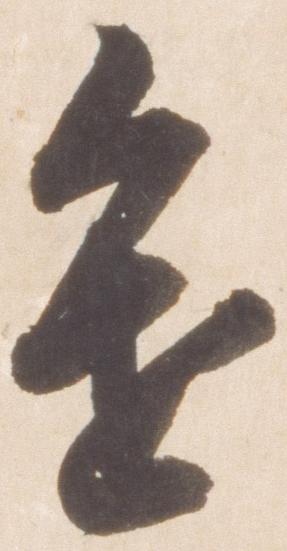
進